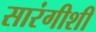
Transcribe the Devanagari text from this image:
सारंगीशी